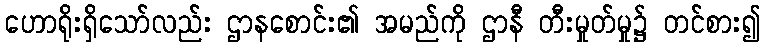
ဟောရိုးရှိသော်လည်း ဌာနစောင်း၏ အမည်ကို ဌာနီ တီးမှုတ်မှု၌ တင်စား၍